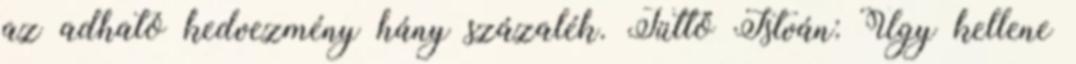
az adható kedvezmény hány százalék. Tüttő István: Úgy kellene